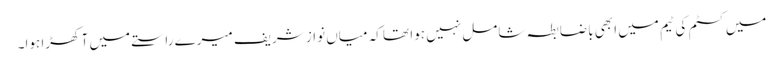
میں کسٹم کی ٹیم میں ابھی باضابطہ شامل نہیں ہوا تھا کہ میاں نواز شریف میرے راستے میں آ کھڑا ہوا۔